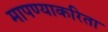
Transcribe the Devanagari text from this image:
मापण्याकरिता